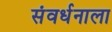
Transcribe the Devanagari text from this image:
संवर्धनाला